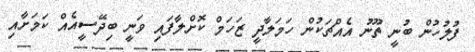
ފުލުހުން ބުނީ ތޫނު އެއްޗަކުން ހަމަލާދީ ޒަހަމް ކޮށްލާފައި ވަނީ ބިދޭސީއެއް ކަމަށާއި